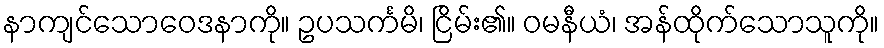
နာကျင်သောဝေဒနာကို။ ဥပသင်္ကမိ၊ ငြိမ်း၏။ ဝမနီယံ၊ အန်ထိုက်သောသူကို။